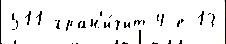
511 гран'и́чит 4-е 13